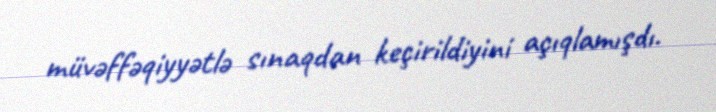
müvəffəqiyyətlə sınaqdan keçirildiyini açıqlamışdı.